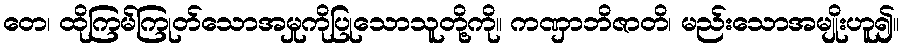
တေ၊ ထိုကြမ်ကြုတ်သောအမှုကိုပြုသောသူတို့ကို။ ကဏှာဘိဇာတိ၊ မည်းသောအမျိုးဟူ၍။